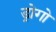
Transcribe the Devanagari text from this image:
ड्रोगो